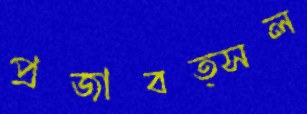
প্রজাবত্সল